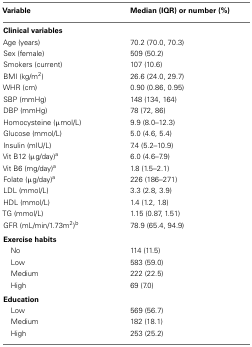
<table><thead><tr><td><b>Variable</b></td><td><b>Median (IQR) or number (%)</b></td></tr></thead><tbody><tr><td><b>Clinical variables</b></td></tr><tr><td>Age (years)</td><td>70.2 (70.0, 70.3)</td></tr><tr><td>Sex (female)</td><td>509 (50.2)</td></tr><tr><td>Smokers (current)</td><td>107 (10.6)</td></tr><tr><td>BMI (kg/m<sup>2</sup>)</td><td>26.6 (24.0, 29.7)</td></tr><tr><td>WHR (cm)</td><td>0.90 (0.86, 0.95)</td></tr><tr><td>SBP (mmHg)</td><td>148 (134, 164)</td></tr><tr><td>DBP (mmHg)</td><td>78 (72, 86)</td></tr><tr><td>Homocysteine (μmol/L)</td><td>9.9 (8.0–12.3)</td></tr><tr><td>Glucose (mmol/L)</td><td>5.0 (4.6, 5.4)</td></tr><tr><td>Insulin (mIU/L)</td><td>7.4 (5.2–10.9)</td></tr><tr><td>Vit B12 (μg/day)<sup>a</sup></td><td>6.0 (4.6–7.9)</td></tr><tr><td>Vit B6 (mg/day)<sup>a</sup></td><td>1.8 (1.5–2.1)</td></tr><tr><td>Folate (μg/day)<sup>a</sup></td><td>226 (186–271)</td></tr><tr><td>LDL (mmol/L)</td><td>3.3 (2.8, 3.9)</td></tr><tr><td>HDL (mmol/L)</td><td>1.4 (1.2, 1.8)</td></tr><tr><td>TG (mmol/L)</td><td>1.15 (0.87, 1.51)</td></tr><tr><td>GFR (mL/min/1.73m<sup>2</sup>)<sup>b</sup></td><td>78.9 (65.4, 94.9)</td></tr><tr><td><b>Exercise habits</b></td></tr><tr><td> No</td><td>114 (11.5)</td></tr><tr><td> Low</td><td>583 (59.0)</td></tr><tr><td> Medium</td><td>222 (22.5)</td></tr><tr><td> High</td><td>69 (7.0)</td></tr><tr><td><b>Education</b></td></tr><tr><td> Low</td><td>569 (56.7)</td></tr><tr><td> Medium</td><td>182 (18.1)</td></tr><tr><td> High</td><td>253 (25.2)</td></tr></tbody></table>